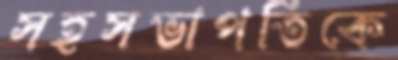
সহসভাপতিকে